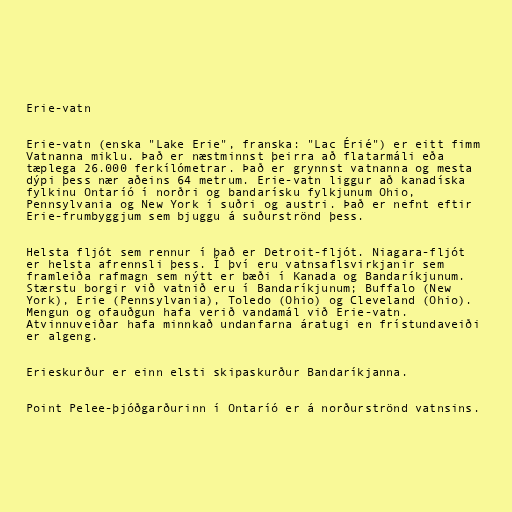
Erie-vatn

Erie-vatn (enska "Lake Erie", franska: "Lac Érié") er eitt fimm
Vatnanna miklu. Það er næstminnst þeirra að flatarmáli eða
tæplega 26.000 ferkílómetrar. Það er grynnst vatnanna og mesta
dýpi þess nær aðeins 64 metrum. Erie-vatn liggur að kanadíska
fylkinu Ontaríó í norðri og bandarísku fylkjunum Ohio,
Pennsylvania og New York í suðri og austri. Það er nefnt eftir
Erie-frumbyggjum sem bjuggu á suðurströnd þess.

Helsta fljót sem rennur í það er Detroit-fljót. Niagara-fljót
er helsta afrennsli þess. Í því eru vatnsaflsvirkjanir sem
framleiða rafmagn sem nýtt er bæði í Kanada og Bandaríkjunum.
Stærstu borgir við vatnið eru í Bandaríkjunum; Buffalo (New
York), Erie (Pennsylvania), Toledo (Ohio) og Cleveland (Ohio).
Mengun og ofauðgun hafa verið vandamál við Erie-vatn.
Atvinnuveiðar hafa minnkað undanfarna áratugi en frístundaveiði
er algeng.

Erieskurður er einn elsti skipaskurður Bandaríkjanna.

Point Pelee-þjóðgarðurinn í Ontaríó er á norðurströnd vatnsins.